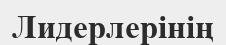
Лидерлерінің